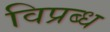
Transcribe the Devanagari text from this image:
विप्रब्ध